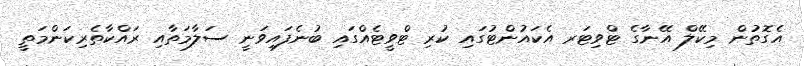
އެގޮތުން މިކޭލް އޭނާގެ ޓްވިޓަރ އެކައުންޓުގައި ކުރި ޓްވީޓެއްގައި ބުނެފައިވަނީ ސަލާމަތާއި ރައްކާތެރިކަންމަތީ